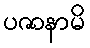
ပဇာနာမိ